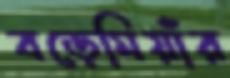
বড়েমিয়াঁর